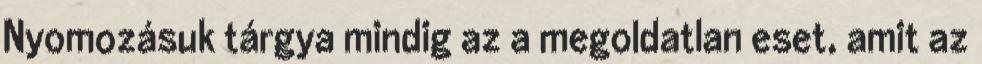
Nyomozásuk tárgya mindig az a megoldatlan eset, amit az